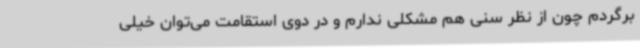
برگردم چون از نظر سنی هم مشکلی ندارم و در دوی استقامت می‌توان خیلی